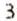
3